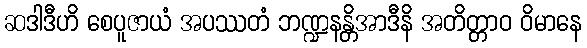
ဆဒါဒီဟိ စေပူဇာယံ အပဿတံ ဘဏ္ဍနန္တိအာဒီနိ အတိတ္တာဝ ဝိမာနေ